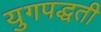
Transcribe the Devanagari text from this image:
युगपद्धती